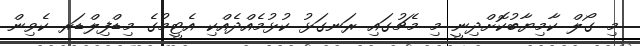
މި ގޯލް ކާމިޔާބުކޮށްދިނީ މި މެޗުގައި ރަނގަޅު ކުޅުމެއްދެއްކި އެޓީމުގެ މިޑްފިލްޑަރ ކެވިން